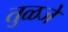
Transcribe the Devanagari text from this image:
तुळजे